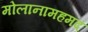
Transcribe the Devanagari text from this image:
मोलानामहमद